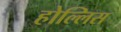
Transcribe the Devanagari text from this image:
होल्लिस